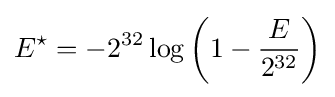
E^{\star }=-2^{32}\log \left(1-{\frac {E}{2^{32}}}\right)